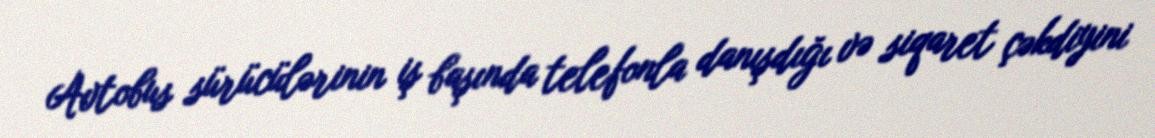
Avtobus sürücülərinin iş başında telefonla danışdığı və siqaret çəkdiyini